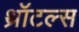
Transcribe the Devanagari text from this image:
थ्रॉटल्स